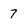
Character: 7